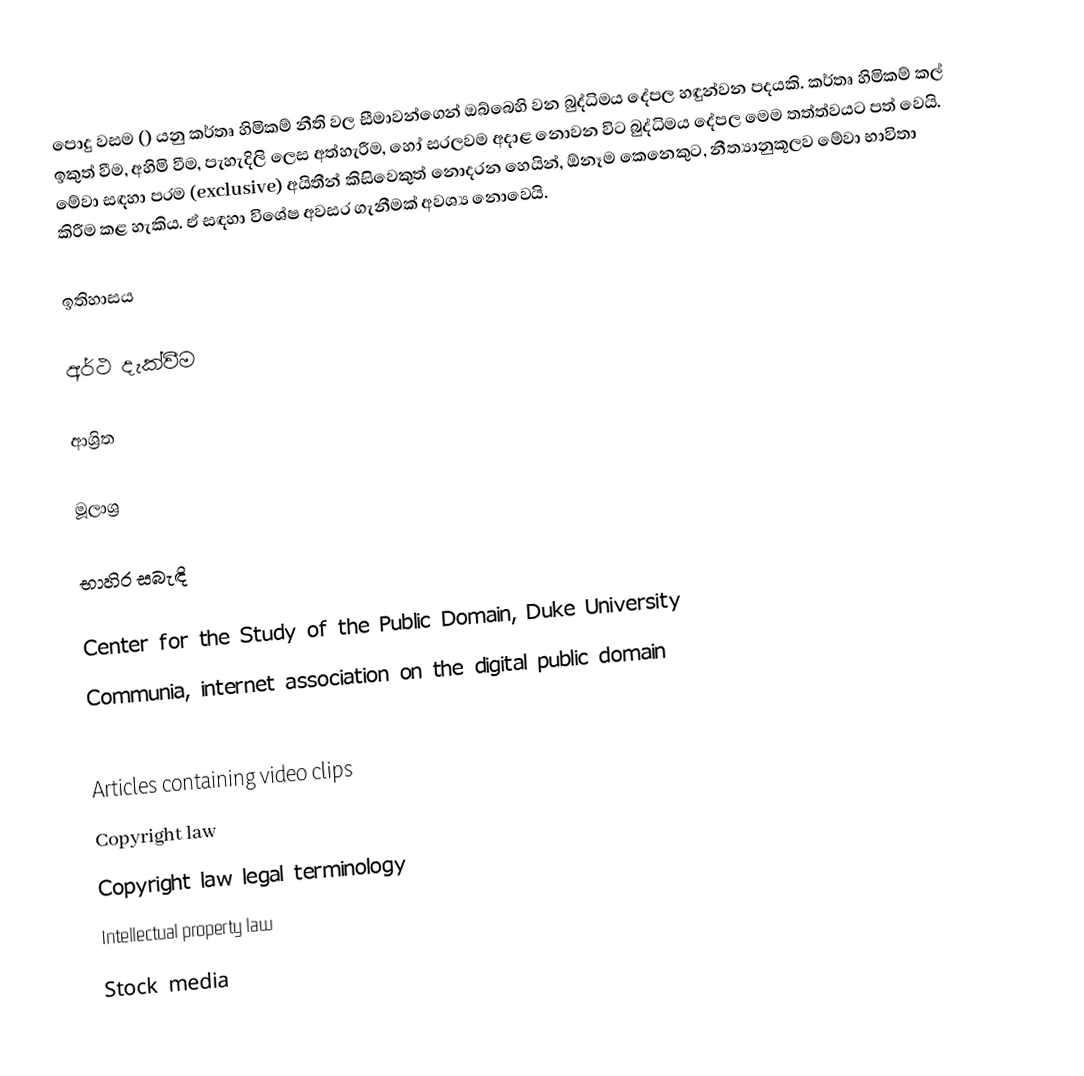
පොදු වසම () යනු කර්තෘ හිමිකම් නීති වල සීමාවන්ගෙන් ඔබ්බෙහි වන බුද්ධිමය දේපල හඳුන්වන පදයකි. කර්තෘ හිමිකම් කල් ඉකුත් වීම, අහිමි වීම, පැහැදිලි ලෙස අත්හැරීම, හෝ සරලවම අදාළ නොවන විට බුද්ධිමය දේපල මෙම තත්ත්වයට පත් වෙයි. මේවා සඳහා පරම (exclusive) අයිතීන් කිසිවෙකුත් නොදරන හෙයින්, ඕනෑම කෙනෙකුට, නීත්‍යානුකූලව මේවා භාවිතා කිරීම කළ හැකිය. ඒ සඳහා විශේෂ අවසර ගැනීමක් අවශ්‍ය නොවෙයි.

ඉතිහාසය

අර්ථ දැක්වීම

ආශ්‍රිත

මූලාශ්‍ර

භාහිර සබැඳි

 Center for the Study of the Public Domain, Duke University
 Communia, internet association on the digital public domain

Articles containing video clips
Copyright law
Copyright law legal terminology
Intellectual property law
Stock media